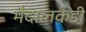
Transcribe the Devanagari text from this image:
मैदालकडी